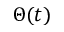
\Theta ( t )